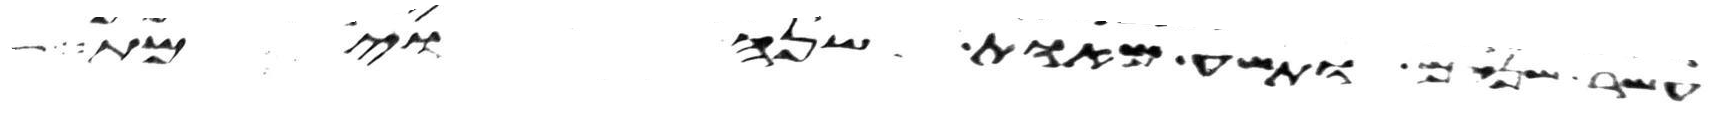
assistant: עשר שנים ותשע מאות שנה וימת